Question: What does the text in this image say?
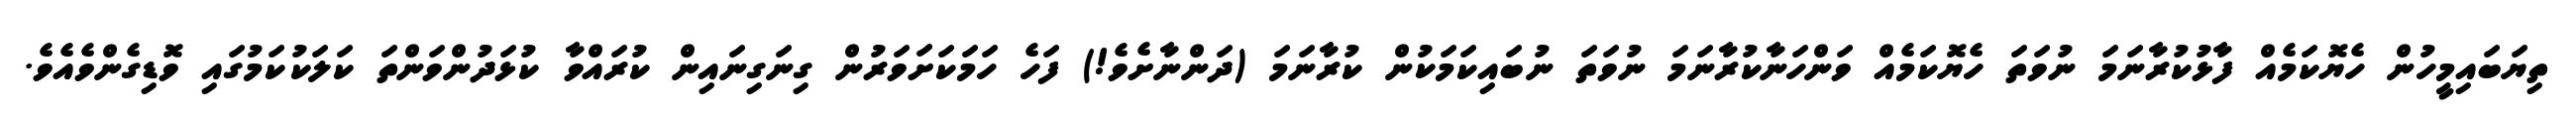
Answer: ތިޔަބައިމީހުން ހެޔޮކަމެއް ފާޅުކުރާނަމަ ނުވަތަ ހެޔޮކަމެއް ވަންހަނާކުރާނަމަ ނުވަތަ ނުބައިކަމަކުން ކުރާނަމަ (ދަންނާށެވެ!) ފަހެ ހަމަކަށަވަރުން ގިނަގިނައިން ކުރައްވާ ކުޅަދުންވަންތަ ކަލަކުކަމުގައި ވޮޑިގެންވެއެވެ.